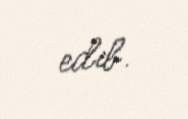
edib.